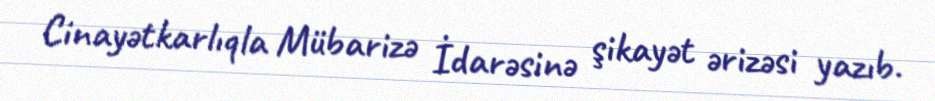
Cinayətkarlıqla Mübarizə İdarəsinə şikayət ərizəsi yazıb.